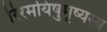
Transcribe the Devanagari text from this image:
रिरमयिषुमृष्यस्य